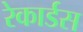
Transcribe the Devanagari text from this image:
रेकार्डस